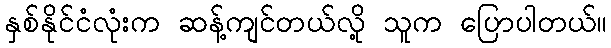
နှစ်နိုင်ငံလုံးက ဆန့်ကျင်တယ်လို့ သူက ပြောပါတယ်။